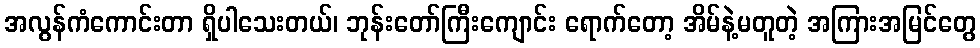
အလွန်ကံကောင်းတာ ရှိပါသေးတယ်၊ ဘုန်းတော်ကြီးကျောင်း ရောက်တော့ အိမ်နဲ့မတူတဲ့ အကြားအမြင်တွေ